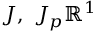
J , \ J _ { p } \mathbb { R } ^ { 1 }